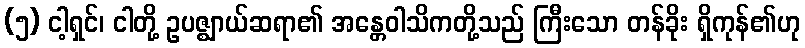
(၅) ငါ့ရှင်၊ ငါတို့ ဥပဇ္ဈာယ်ဆရာ၏ အန္တေဝါသိကတို့သည် ကြီးသော တန်ခိုး ရှိကုန်၏ဟု